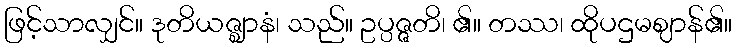
ဖြင့်သာလျှင်။ ဒုတိယဇ္ဈာနံ၊ သည်။ ဥပ္ပဇ္ဇတိ၊ ၏။ တဿ၊ ထိုပဌမဈာန်၏။